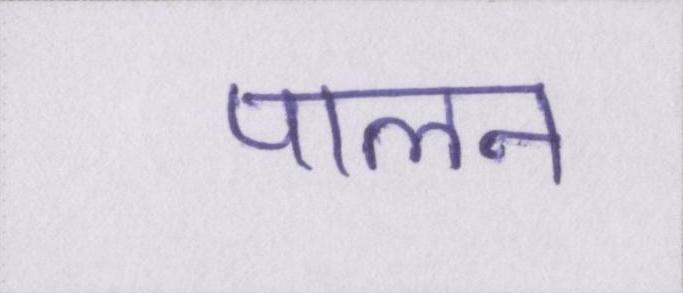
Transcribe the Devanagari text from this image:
पालन